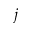
j